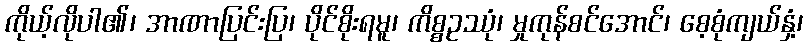
ကိုယ့်လိုပါ၏၊ အာဏာပြင်းပြ၊ ပိုင်စိုးရမူ၊ ကိစ္စဥဿုံ၊ မှုကုန်စင်အောင်၊ စေ့စုံကျယ်နှံ့၊